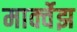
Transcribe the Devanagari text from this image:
मार्क्वेझ